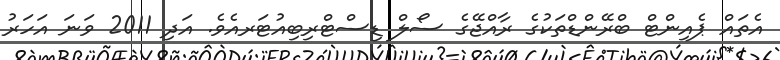
އެތައް ޕެއިންޓް ބްރޭންޑްތަކުގެ ރާއްޖޭގެ ސޯލް ޑިސްޓްރިބިއުޓަރއެވެ. އަދި 2011 ވަނަ އަހަރު